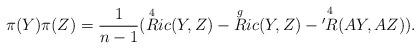
LaTeX: \begin{align*}\pi (Y)\pi (Z) = \frac{1}{n-1} ( \overset{4}{R}ic (Y,Z) - \overset{g}{R}ic (Y,Z) - \overset{4}{'R} (AY,AZ) ).\end{align*}